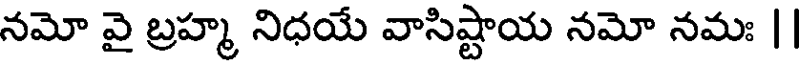
నమో వై బ్రహ్మ నిధయే వాసిష్టాయ నమో నమః ||